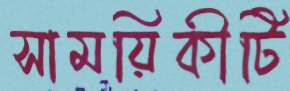
সাময়িকীটি